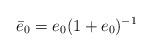
LaTeX: \begin{align*} \bar e_0=e_0 (1+e_0)^{-1}\end{align*}